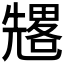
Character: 𠓀